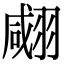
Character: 𦑘